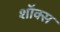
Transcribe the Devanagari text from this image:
शॉक्स